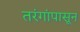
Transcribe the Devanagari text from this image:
तरंगांपासून